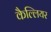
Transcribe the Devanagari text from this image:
कैल्लियर